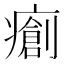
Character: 𤺨